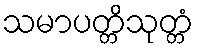
သမာပတ္တိသုတ္တံ